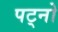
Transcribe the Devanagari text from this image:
पट्नो